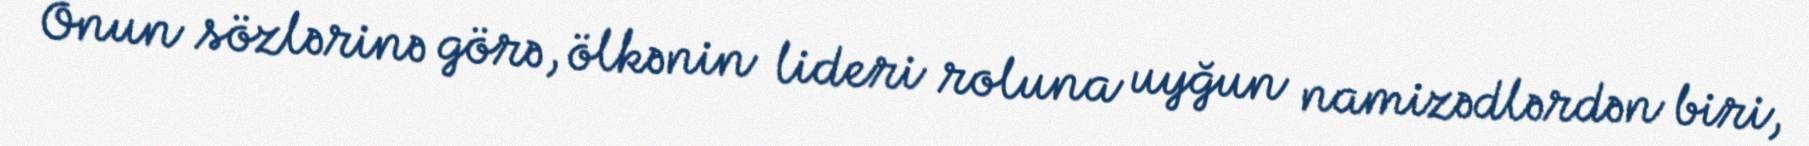
Onun sözlərinə görə, ölkənin lideri roluna uyğun namizədlərdən biri,